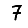
Digit: 7